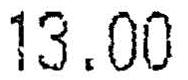
13.00